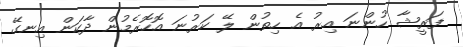
ފަރީޝާ ހުންނަ އިރު އެ ހިތުން ލޭ ކަރުނަ އޮހޮރެމުން ދާކަން އިނގޭ